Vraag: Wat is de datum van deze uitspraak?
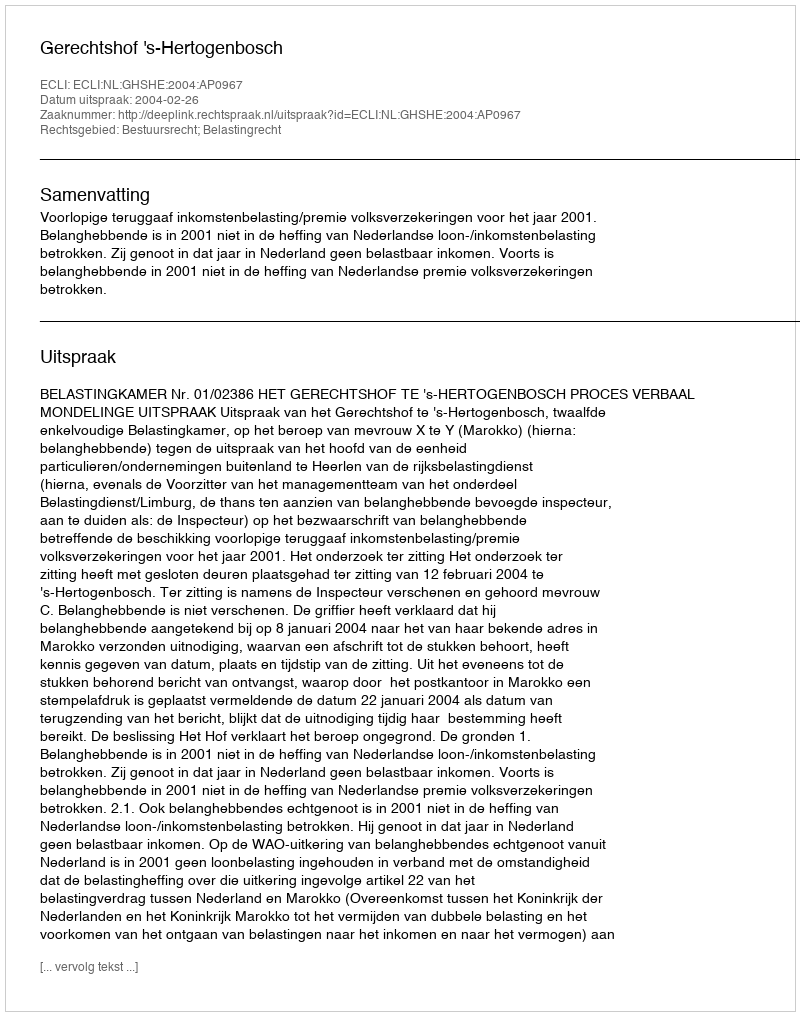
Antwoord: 2004-02-26